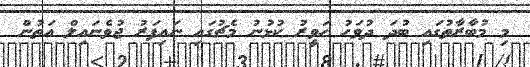
މި މުބާރާތުގައި ބުދަ ދުވަހު ހަވީރު ކުޅުނު މެޗުގައި ނައިފަރު ޖުވެނައިލް އަތުން